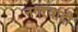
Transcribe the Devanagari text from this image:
नगरवादी